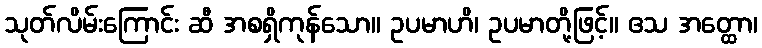
သုတ်လိမ်းကြောင်း ဆီ အစရှိကုန်သော။ ဥပမာဟိ၊ ဥပမာတို့ဖြင့်။ ဧသ အတ္ထော၊